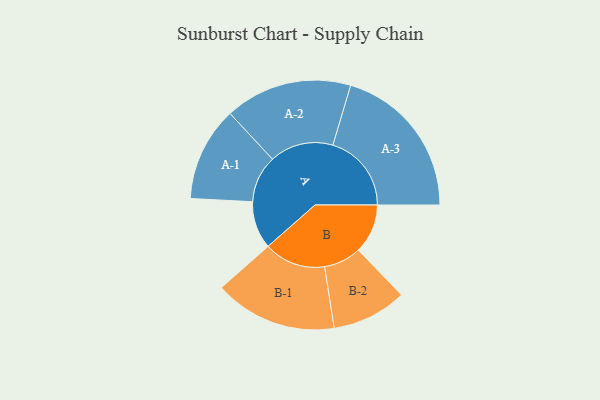
{"axis": {"x": "Segment", "y": "Value"}, "legend": ["", "A", "B"], "data": [{"x": "A", "y": 156, "type": ""}, {"x": "B", "y": 162, "type": ""}, {"x": "A-1", "y": 155, "type": "A"}, {"x": "A-2", "y": 209, "type": "A"}, {"x": "A-3", "y": 258, "type": "A"}, {"x": "B-1", "y": 202, "type": "B"}, {"x": "B-2", "y": 123, "type": "B"}]}